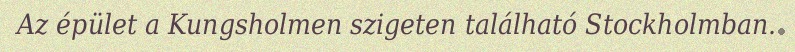
Az épület a Kungsholmen szigeten található Stockholmban.